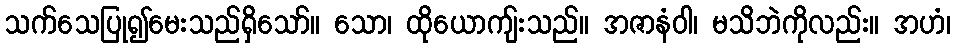
သက်သေပြု၍မေးသည်ရှိသော်။ သော၊ ထိုယောကျ်းသည်။ အဇာနံဝါ၊ မသိဘဲကိုလည်း။ အဟံ၊